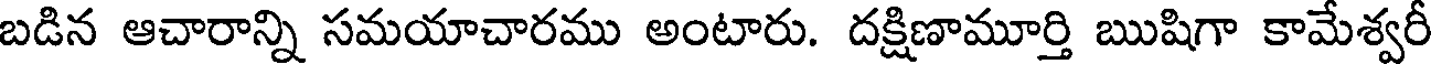
బడిన ఆచారాన్ని సమయాచారము అంటారు. దక్షిణామూర్తి ఋషిగా కామేశ్వరీ